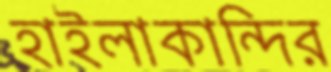
হাইলাকান্দির